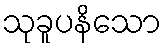
သုခူပနိသော